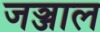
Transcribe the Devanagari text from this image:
जञ्जाल